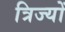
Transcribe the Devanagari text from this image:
त्रिज्यों